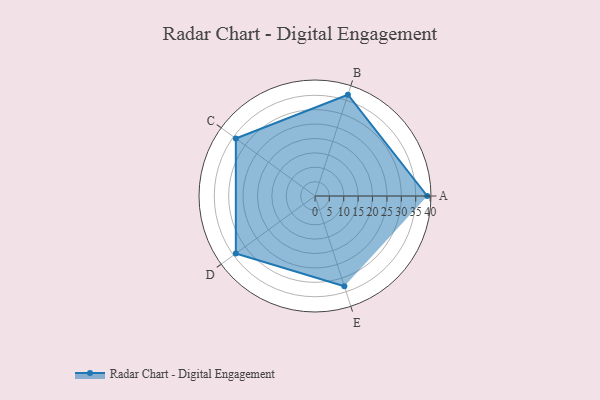
{"axis": {"x": "Skill", "y": "Score"}, "legend": ["Profile"], "data": [{"x": "A", "y": 39.0, "type": "Profile"}, {"x": "B", "y": 37.0, "type": "Profile"}, {"x": "C", "y": 34.0, "type": "Profile"}, {"x": "D", "y": 34.0, "type": "Profile"}, {"x": "E", "y": 33.0, "type": "Profile"}]}